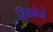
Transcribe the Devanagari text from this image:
रिकोने